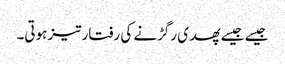
جیسے جیسے پھدی رگڑنے کی رفتار تیز ہوتی۔